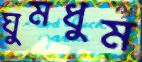
ঘুমধুম